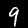
Digit: 9